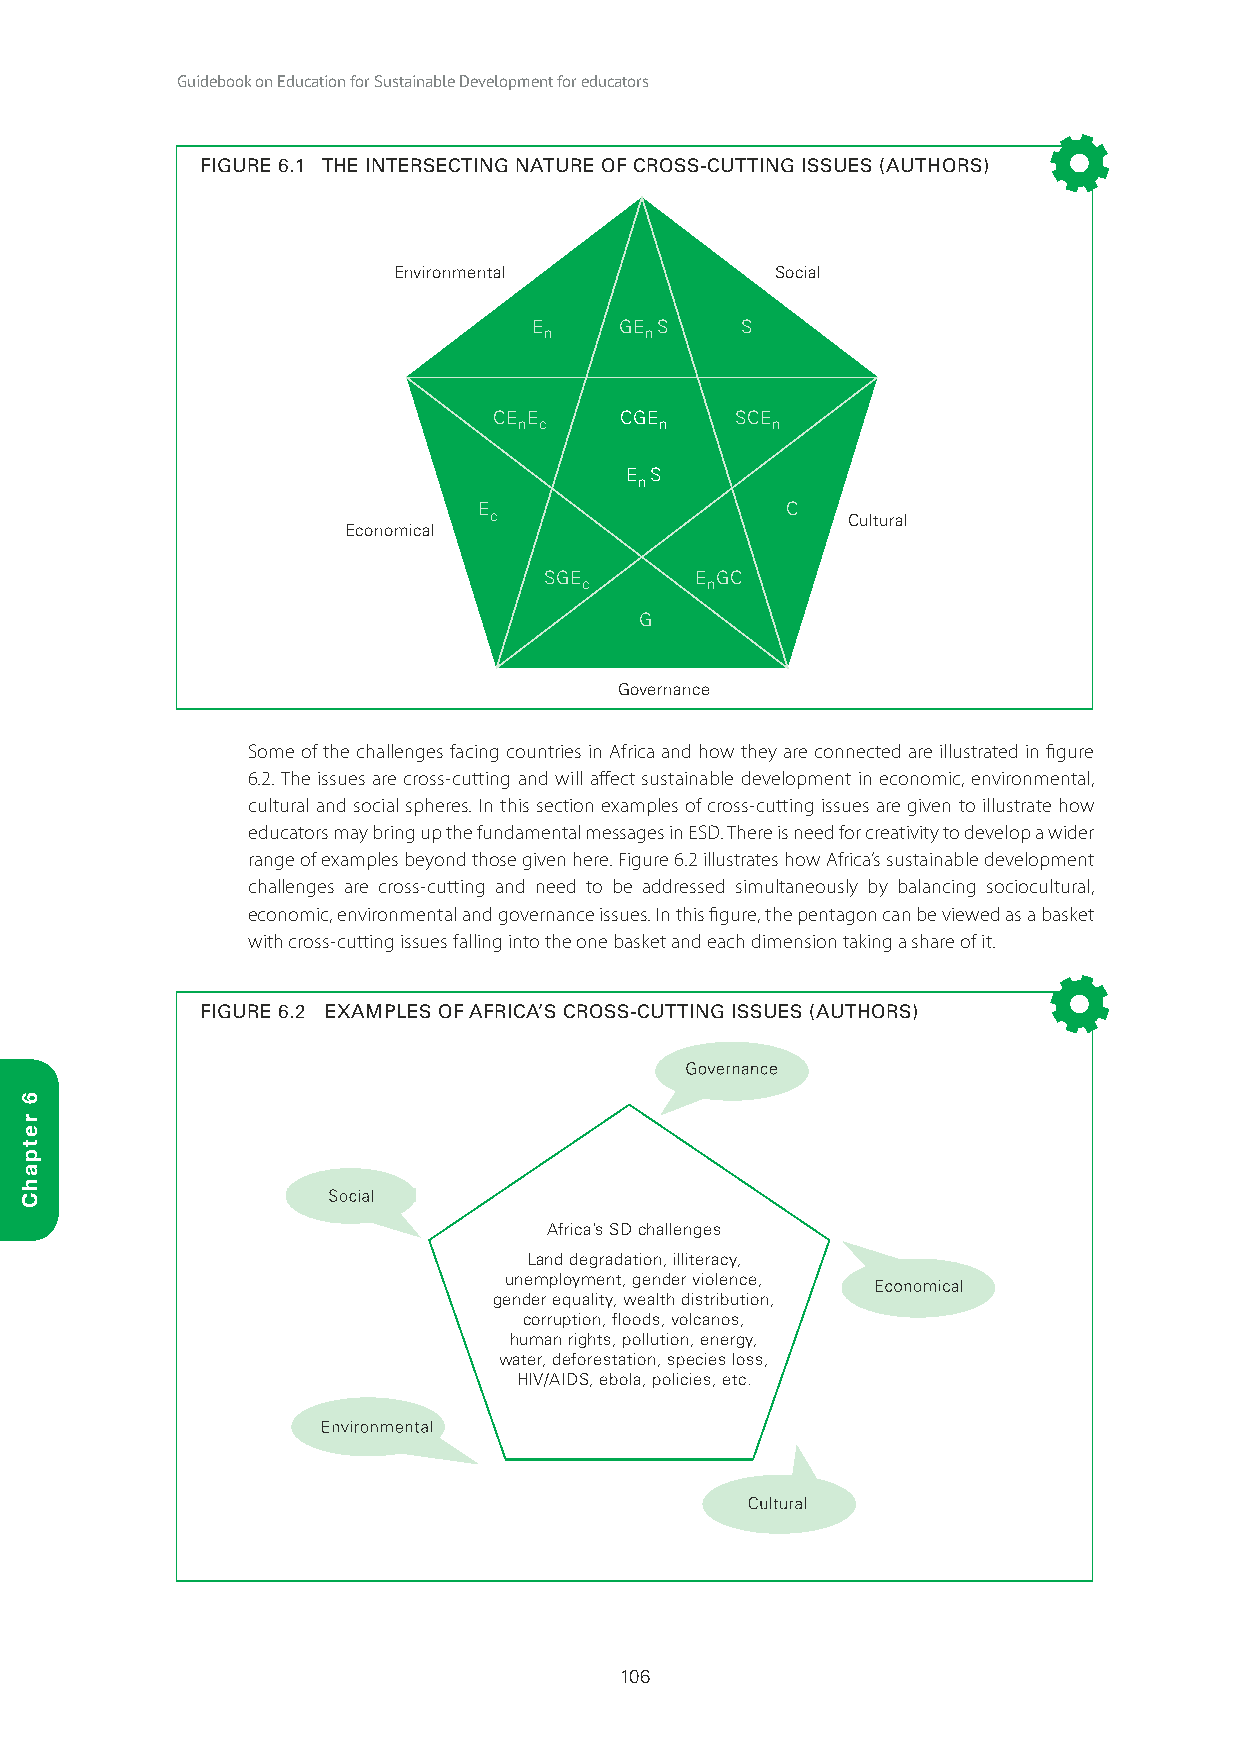
Guidebook on Education for Sustainable Development for educators
 FIGURE 6.1 THE INTERSECTING NATURE OF CROSS-CUTTING ISSUES (AUTHORS)
 Environmental            Social
 E     GE S    S
 n      n
 CE E    CGE     SCE
 n c       n      n
 E S
 n
 E                   C
 c                       Cultural
 Economical
 SGE       E GC
 c       n
 G
 Governance
 Some of the challenges facing countries in Africa and how they are connected are illustrated in figure
 6.2. The issues are cross-cutting and will affect sustainable development in economic, environmental,
 cultural and social spheres. In this section examples of cross-cutting issues are given to illustrate how
 educators may bring up the fundamental messages in ESD. There is need for creativity to develop a wider
 range of examples beyond those given here. Figure 6.2 illustrates how Africa’s sustainable development
 challenges are cross-cutting and need to be addressed simultaneously by balancing sociocultural,
 economic, environmental and governance issues. In this figure, the pentagon can be viewed as a basket
 with cross-cutting issues falling into the one basket and each dimension taking a share of it.
 FIGURE 6.2 EXAMPLES OF AFRICA’S CROSS-CUTTING ISSUES (AUTHORS)
 Governance
 Social
 Africa’s SD challenges
 Land degradation, illiteracy,
 unemployment, gender violence,
 Economical
 gender equality, wealth distribution,
 corruption, floods, volcanos,
 human rights, pollution, energy,
 water, deforestation, species loss,
 HIV/AIDS, ebola, policies, etc.
 Environmental
 Cultural
 106
 6
 retpahC